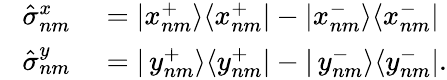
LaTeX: \begin{array}{rl}{\phantom{\frac{1}{2}}\hat{\sigma}_{nm}^{x}}&{{}=|x_{nm}^{+}\rangle\langle x_{nm}^{+}|-|x_{nm}^{-}\rangle\langle x_{nm}^{-}|}\\ {\phantom{\frac{1}{2}}\hat{\sigma}_{nm}^{y}}&{{}=|\, y_{nm}^{+}\rangle\langle y_{nm}^{+}|-|\, y_{nm}^{-}\rangle\langle y_{nm}^{-}|.}\end{array}